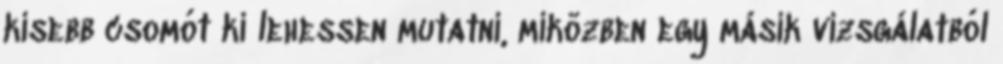
kisebb csomót ki lehessen mutatni, miközben egy másik vizsgálatból